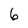
Character: 6